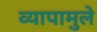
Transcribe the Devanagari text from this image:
व्यापामुले